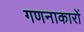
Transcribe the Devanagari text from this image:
गणनाकारों